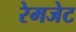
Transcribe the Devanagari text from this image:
रेमजेट